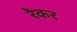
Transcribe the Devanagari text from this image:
रैकर